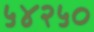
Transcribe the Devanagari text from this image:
५४२५०